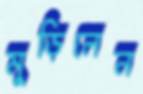
মুড়িলেন